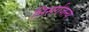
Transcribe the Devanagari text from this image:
निसर्गजन्य